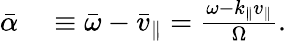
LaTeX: \begin{array}{rl}{\bar{\alpha}}&{{}\equiv\bar{\omega}-\bar{v}_{\parallel}=\frac{\omega-k_{\parallel}v_{\parallel}}{\Omega}.}\end{array}